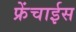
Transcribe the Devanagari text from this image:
फ्रेंचाईस